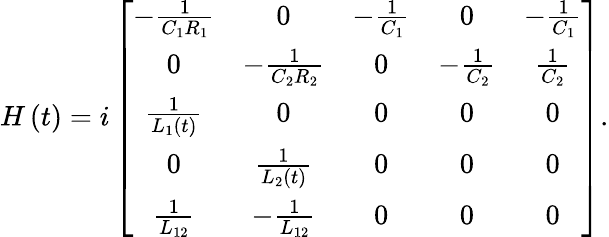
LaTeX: \begin{array}{r}{H\left(t\right)=i\left[\begin{array}{ccccc}{-\frac{1}{C_{1}R_{1}}}&{0}&{-\frac{1}{C_{1}}}&{0}&{-\frac{1}{C_{1}}}\\ {0}&{-\frac{1}{C_{2}R_{2}}}&{0}&{-\frac{1}{C_{2}}}&{\frac{1}{C_{2}}}\\ {\frac{1}{L_{1}\left(t\right)}}&{0}&{0}&{0}&{0}\\ {0}&{\frac{1}{L_{2}\left(t\right)}}&{0}&{0}&{0}\\ {\frac{1}{L_{12}}}&{-\frac{1}{L_{12}}}&{0}&{0}&{0}\end{array}\right].}\end{array}